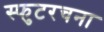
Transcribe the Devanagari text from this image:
स्फुटरचना